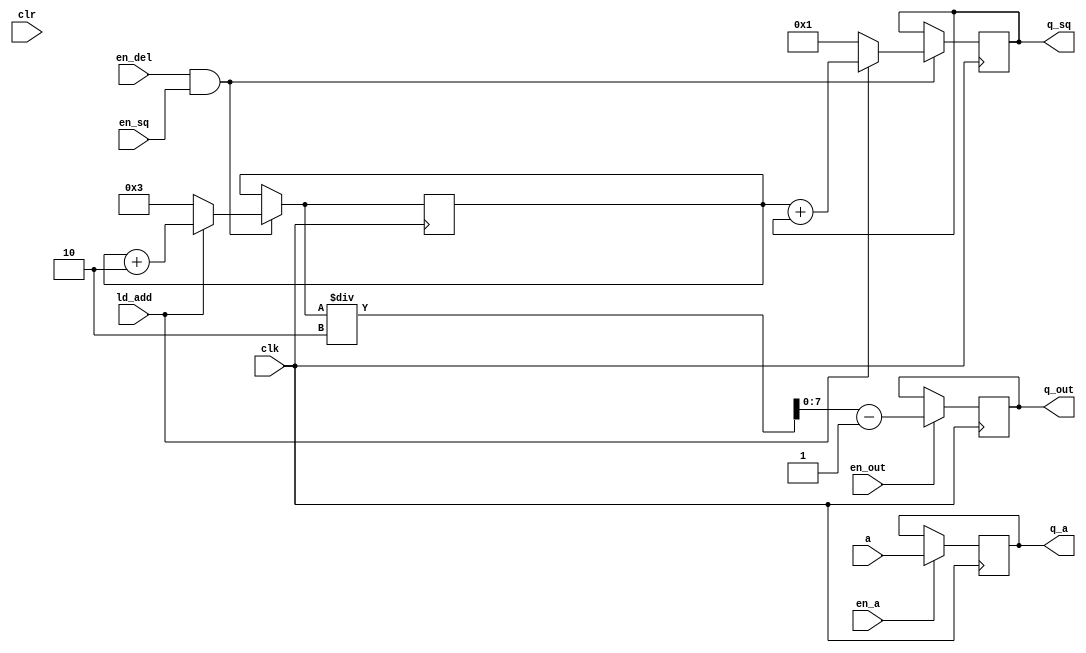
/*******************************************************************************
4-bit Sequential Multiplier Datapath performs various operations based on the 
enable bits and operation bits sent from the controller.

The datapath consists of 4 registers:
    - register A
    - register DEL
    - register SQ
    - register OUT

Inputs:
    clk:        1-bit clock signal
    clr:        1-bit clear signal
    a:          8-bit integer whose square root to be found
    en_a:       enable bit for register A
                    0 - disabled
                    1 - enabled

    en_del:     enable bit for register DEL
                    0 - disabled
                    1 - enabled

    en_sq:      enable bit for register SQ (0 for disabled, 1 for enabled)
                    0 - disabled
                    1 - enabled

    en_out:     enable bit for register OUT
                    0 - disabled
                    1 - enabled
                    
    ld_add:     load-add bit for register DEL and SQ
                    0 - load
                    1 - add

Outputs:
    q_a:   8-bit output of register A
    q_sq:  8-bit output of register SQ
    q_out: 8-bit output of register OUT
*******************************************************************************/

`timescale 1ns / 1ps

module eight_bit_int_sqrt_finder_datapath(
    input clk,
    input clr,
    input [7:0] a,
    input en_a,
    input en_del,
    input en_sq,
    input en_out,
    input ld_add,
    output reg [7:0] q_a,
    output reg [7:0] q_sq,
    output reg [7:0] q_out
    );
    
    reg [7:0] q_del; // output of register DEL
    
    always @(posedge clk) begin
        if (en_a == 1) begin
            q_a = a;
        end
        
        // register DEL and SQ are synchronous
        if (en_del == 1 && en_sq == 1) begin
            if (ld_add == 0) begin // load op
                q_sq = 1;
                q_del = 3;
            end
            else begin             // add op
                q_sq = q_del + q_sq;
                q_del = q_del + 2;
            end
        end
        
        if (en_out == 1) begin
            q_out = q_del / 2 - 1;
        end
    end
endmodule